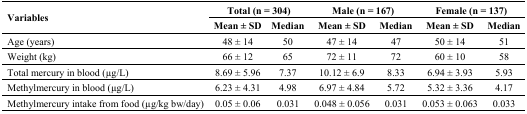
<table><thead><tr><td rowspan="2"><b>Variables</b></td><td colspan="2"><b>Total (n = 304)</b></td><td colspan="2"><b>Male (n = 167)</b></td><td colspan="2"><b>Female (n = 137)</b></td></tr><tr><td><b>Mean ± SD</b></td><td><b>Median</b></td><td><b>Mean ± SD</b></td><td><b>Median</b></td><td><b>Mean ± SD</b></td><td><b>Median</b></td></tr></thead><tbody><tr><td>Age (years)</td><td>48 ± 14</td><td>50</td><td>47 ± 14</td><td>47</td><td>50 ± 14</td><td>51</td></tr><tr><td>Weight (kg)</td><td>66 ± 12</td><td>65</td><td>72 ± 11</td><td>72</td><td>60 ± 10</td><td>58</td></tr><tr><td>Total mercury in blood (μg/L)</td><td>8.69 ± 5.96</td><td>7.37</td><td>10.12 ± 6.9</td><td>8.33</td><td>6.94 ± 3.93</td><td>5.93</td></tr><tr><td>Methylmercury in blood (μg/L)</td><td>6.23 ± 4.31</td><td>4.98</td><td>6.97 ± 4.84</td><td>5.72</td><td>5.32 ± 3.36</td><td>4.17</td></tr><tr><td>Methylmercury intake from food (μg/kg bw/day)</td><td>0.05 ± 0.06</td><td>0.031</td><td>0.048 ± 0.056</td><td>0.031</td><td>0.053 ± 0.063</td><td>0.033</td></tr></tbody></table>